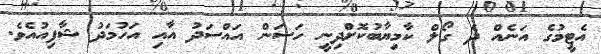
އެޓީމުގެ އަނެއް ދެ ގޯލް ކާމިޔާބުކޮށްދިނީ ހަސަން އައްސަދު އާއި އަހުމަދު ޝާފިއުއެވެ.